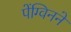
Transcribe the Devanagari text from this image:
पेंग्विनने